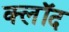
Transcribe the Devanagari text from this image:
क्लॉद